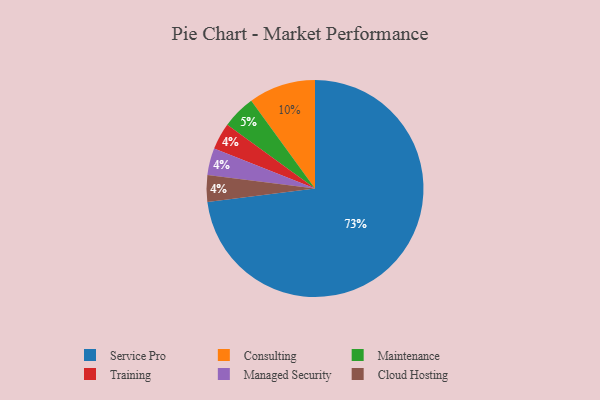
{"axis": {"x": "Category", "y": "Percentage"}, "legend": ["Cloud Hosting", "Consulting", "Maintenance", "Managed Security", "Service Pro", "Training"], "data": [{"x": "Service Pro", "y": 73, "type": "Service Pro"}, {"x": "Maintenance", "y": 5, "type": "Maintenance"}, {"x": "Consulting", "y": 10, "type": "Consulting"}, {"x": "Training", "y": 4, "type": "Training"}, {"x": "Managed Security", "y": 4, "type": "Managed Security"}, {"x": "Cloud Hosting", "y": 4, "type": "Cloud Hosting"}]}